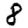
Digit: 8